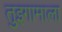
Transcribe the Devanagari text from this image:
तुइगामाला